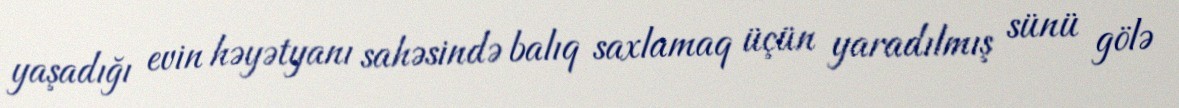
yaşadığı evin həyətyanı sahəsində balıq saxlamaq üçün yaradılmış sünü gölə